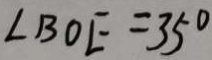
\angle B O E = 3 5 ^ { \circ }